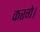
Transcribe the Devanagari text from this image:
करगे।